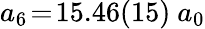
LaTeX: a_{6}\! =\! 15.46(15)~a_{0}